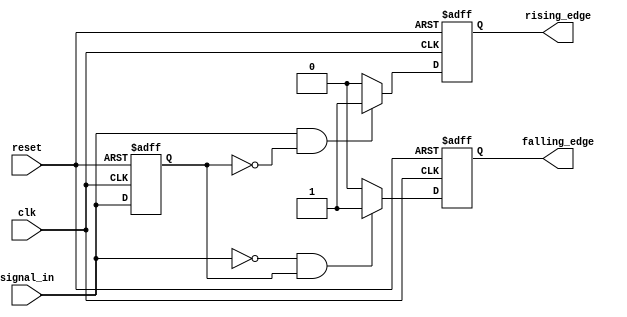
module dual_edge_detector (
    input wire clk,              // Clock signal
    input wire reset,            // Asynchronous reset signal
    input wire signal_in,        // Input signal
    output reg rising_edge,      // Rising edge output pulse
    output reg falling_edge      // Falling edge output pulse
);

// Memory block to store the previous state of the input signal
reg previous_state;

// Edge detection logic
always @(posedge clk or posedge reset) begin
    if (reset) begin
        previous_state <= 1'b0;  // Reset previous state to low
        rising_edge <= 1'b0;      // Reset rising edge output
        falling_edge <= 1'b0;     // Reset falling edge output
    end else begin
        // Edge detection
        if (signal_in && !previous_state) begin
            rising_edge <= 1'b1;   // Rising edge detected
        end else begin
            rising_edge <= 1'b0;   // No rising edge
        end

        if (!signal_in && previous_state) begin
            falling_edge <= 1'b1;  // Falling edge detected
        end else begin
            falling_edge <= 1'b0;  // No falling edge
        end

        // Update previous state
        previous_state <= signal_in;
    end
end

endmodule